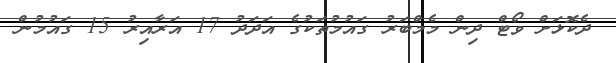
ދެކޮޅަށް ވޯޓް ދިން މެމްބަރު ގައުމުތަކުގެ އަދަދު 17 އަރާއިރު 15 ގައުމުން